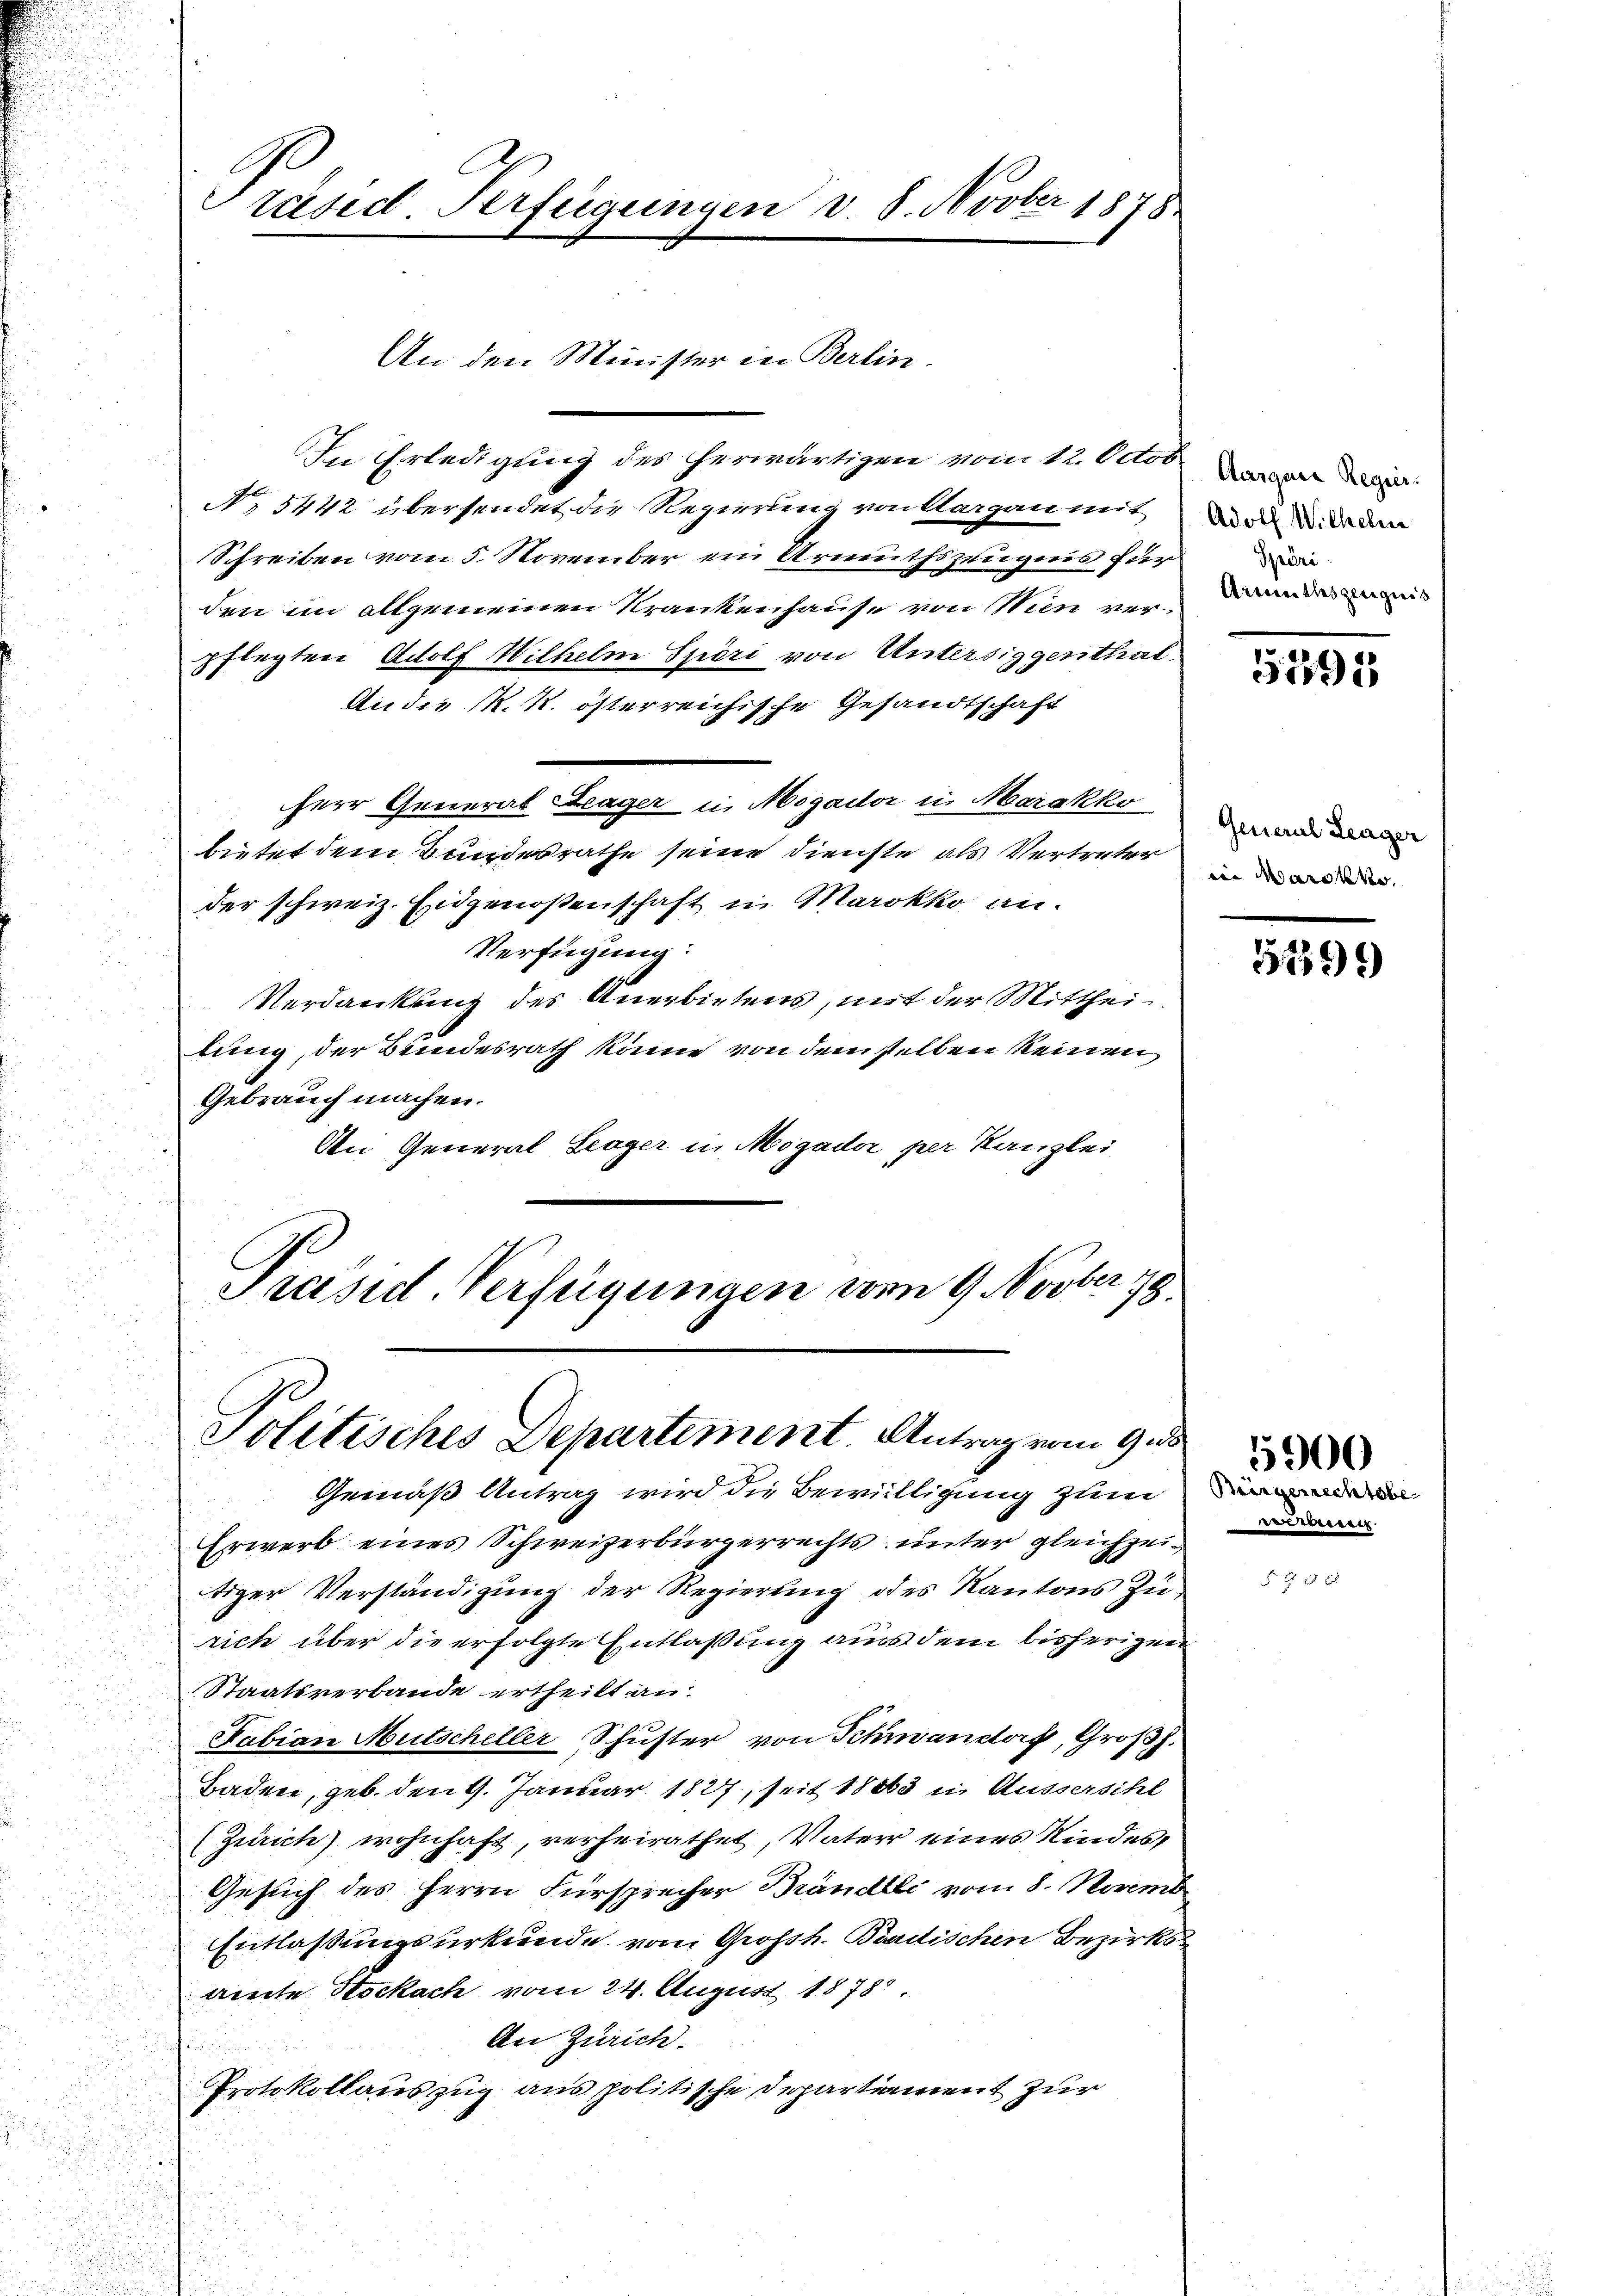
Präsid. Verfügungen v. 8. Novber 1878

In Erledigung des herwärtigen vom 12. Octob wir d
No 5442 übersendet die Regierung von Aargau mit
Schreiben vom 5. November ein Armuthszeugnis für
den im allgemeinen Krankenhause von Wien verpflegten Adolf Wilhelm Spiri von Untersiegenthal¬
An die M. k. österreichische Gesandtschaft
Herr General Lager in Mogador in Marakko
bietet dem Bundesrathe seine Dienste als Vertreter
der schweiz. Eidgenoßenschaft in Marokko an.
Verfügung:
Verdankung des Anerbietens, mit der Mittheilung, der Bundesrath könne von demselben keinen
Gebrauch machen.
An General Seeger in Mogador per Kanzlei
Präsid. Verfügungen vom 9. Novber 78.

Politisches Departement. Antrag vom 9 de

An den Minister in Berlin.

Gemäß Antrag wird die Bewilligung zum
rwerb eines Schweizerbürgerrechts unter gleichzeitiger Verständigung der Regierung des Kantons Zurich über die erfolgte Entlaßung aus dem bisherigen
Staatsverbande ertheilt an
Fabian Mutscheller Schuster von Schwandorf, Großh.
Baden, geb. den 9. Januar 1827, seit 1883 in Äusserscht
(Zürich) wohnhaft, verheirathet, Vater eines Kindes,
Gesuch des Herrn Fürsprecher Brändli vom 8. Novemb
Entlaßungsurkunde vom Grossh. Bindischen Bezirks
amte Stockach vom 24. August 1878.
An Zürich.
Protokollauszug aus politische Departiement zur

Adolf Wilhelm
Spöri
Armuthszeugnis

5391

General Leager
in Marokkr

51399

desser.

5900